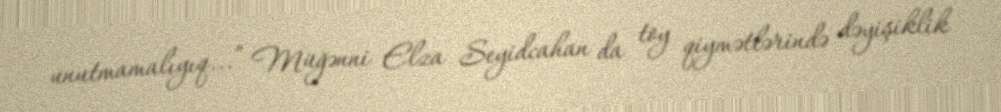
unutmamalıyıq...” Müğənni Elza Seyidcahan da toy qiymətlərində dəyişiklik